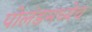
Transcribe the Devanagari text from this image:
पोलंडमध्येच